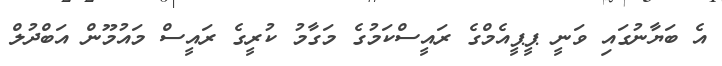
އެ ބަޔާނުގައި ވަނީ ޕީޕީއެމްގެ ރައީސްކަމުގެ މަގާމު ކުރީގެ ރައީސް މައުމޫން އަބްދުލް